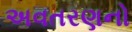
અવતરણનો